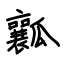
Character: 瓤